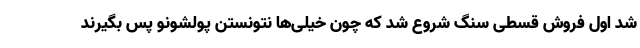
شد اول فروش قسطی سنگ شروع شد که چون خیلی‌ها نتونستن پولشونو پس بگیرند